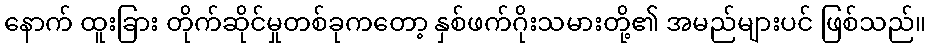
နောက် ထူးခြား တိုက်ဆိုင်မှုတစ်ခုကတော့ နှစ်ဖက်ဂိုးသမားတို့၏ အမည်များပင် ဖြစ်သည်။